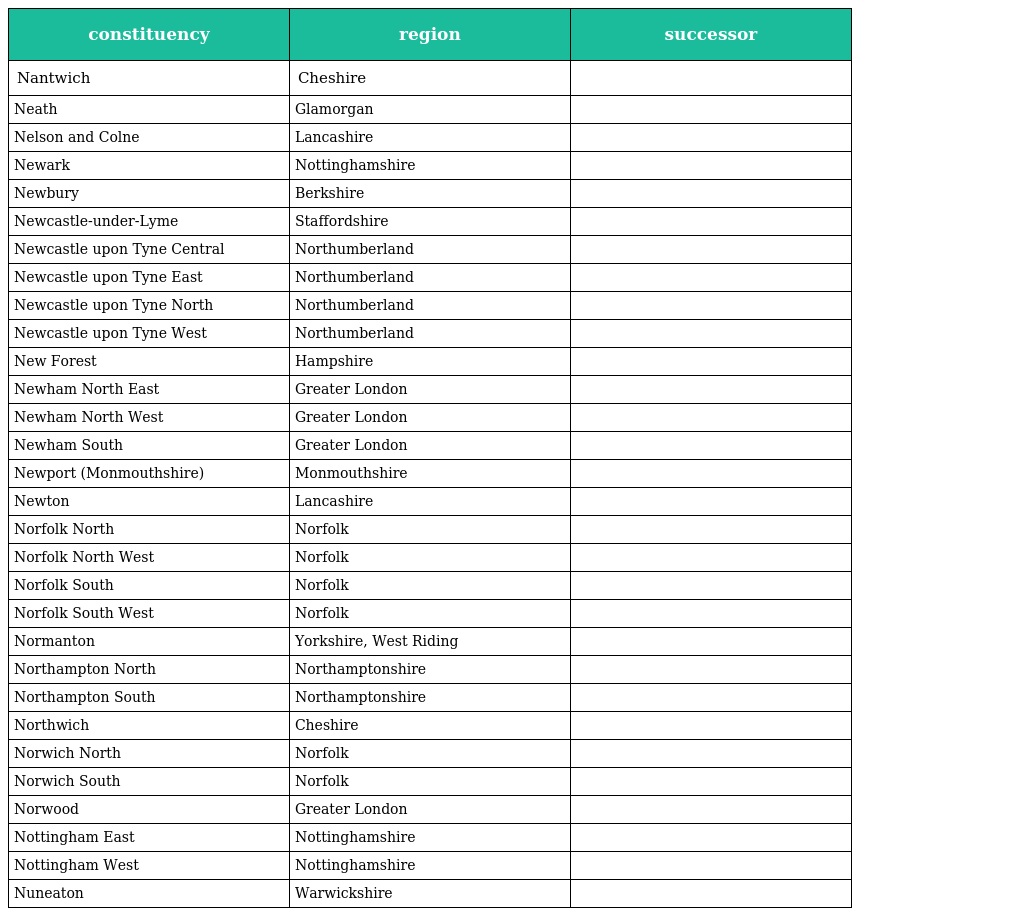
| constituency | region | successor |
 | --- | --- | --- |
 | Nantwich | Cheshire |  |
 | Neath | Glamorgan |  |
 | Nelson and Colne | Lancashire |  |
 | Newark | Nottinghamshire |  |
 | Newbury | Berkshire |  |
 | Newcastle-under-Lyme | Staffordshire |  |
 | Newcastle upon Tyne Central | Northumberland |  |
 | Newcastle upon Tyne East | Northumberland |  |
 | Newcastle upon Tyne North | Northumberland |  |
 | Newcastle upon Tyne West | Northumberland |  |
 | New Forest | Hampshire |  |
 | Newham North East | Greater London |  |
 | Newham North West | Greater London |  |
 | Newham South | Greater London |  |
 | Newport (Monmouthshire) | Monmouthshire |  |
 | Newton | Lancashire |  |
 | Norfolk North | Norfolk |  |
 | Norfolk North West | Norfolk |  |
 | Norfolk South | Norfolk |  |
 | Norfolk South West | Norfolk |  |
 | Normanton | Yorkshire, West Riding |  |
 | Northampton North | Northamptonshire |  |
 | Northampton South | Northamptonshire |  |
 | Northwich | Cheshire |  |
 | Norwich North | Norfolk |  |
 | Norwich South | Norfolk |  |
 | Norwood | Greater London |  |
 | Nottingham East | Nottinghamshire |  |
 | Nottingham West | Nottinghamshire |  |
 | Nuneaton | Warwickshire |  |